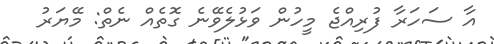
އާ ސަހަރާ ފުރިއްޖެ މީހުން ވަޅުލެވޭނެ ގޮތެއް ނެތް: މޭޔަރު